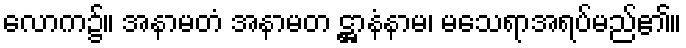
လောက၌။ အနာမတံ အနာမတ ဋ္ဌာနံနာမ၊ မသေရာအရပ်မည်၏။